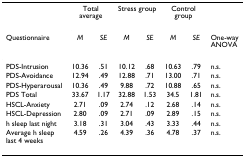
|  | <COLSPAN=2> Total average | <COLSPAN=2> Stress group | <COLSPAN=2> Control group |  |
 | Questionnaire | M | SE | M | SE | M | SE | One-way ANOVA |
 | --- | --- | --- | --- | --- | --- | --- | --- |
 | PDS-Intrusion | 10.36 | .51 | 10.12 | .68 | 10.63 | .79 | n.s. |
 | PDS-Avoidance | 12.94 | .49 | 12.88 | .71 | 13.00 | .71 | n.s. |
 | PDS-Hyperarousal | 10.36 | .49 | 9.88 | .72 | 10.88 | .65 | n.s. |
 | PDS Total | 33.67 | 1.17 | 32.88 | 1.53 | 34.5 | 1.81 | n.s. |
 | HSCL-Anxiety | 2.71 | .09 | 2.74 | .12 | 2.68 | .14 | n.s. |
 | HSCL-Depression | 2.80 | .09 | 2.71 | .09 | 2.89 | .15 | n.s. |
 | h sleep last night | 3.18 | .31 | 3.04 | .43 | 3.33 | .44 | n.s. |
 | Average h sleep last 4 weeks | 4.59 | .26 | 4.39 | .36 | 4.78 | .37 | n.s. |